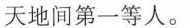
天地间第一等人。